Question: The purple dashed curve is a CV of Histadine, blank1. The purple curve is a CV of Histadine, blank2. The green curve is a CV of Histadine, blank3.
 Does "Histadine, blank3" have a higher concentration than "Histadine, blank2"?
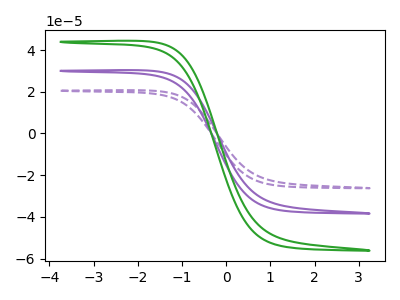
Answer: <think>The purple dashed curve "Histadine, blank1" has no peaks. The purple curve "Histadine, blank2" has no peaks. The green curve "Histadine, blank3" has no peaks.
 Neither "Histadine, blank3" or "Histadine, blank2" have any peaks.</think>
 <answer>I cant tell if "Histadine, blank3" or "Histadine, blank2" has higher concentration.</answer>
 <eval>mixed_concentration</eval>